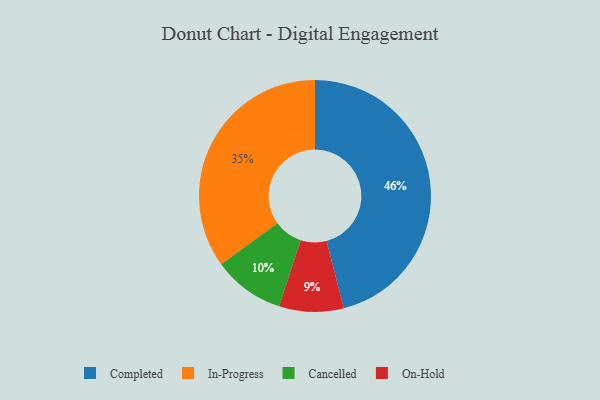
{"axis": {"x": "Category", "y": "Percentage"}, "legend": ["Cancelled", "Completed", "In-Progress", "On-Hold"], "data": [{"x": "In-Progress", "y": 35, "type": "In-Progress"}, {"x": "Cancelled", "y": 10, "type": "Cancelled"}, {"x": "On-Hold", "y": 9, "type": "On-Hold"}, {"x": "Completed", "y": 46, "type": "Completed"}]}